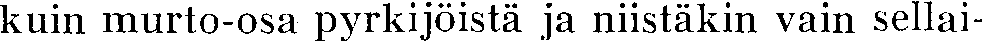
kuin murto-osa pyrkijöistä ja niistäkin vain sellai-